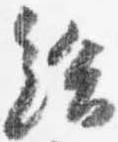
給